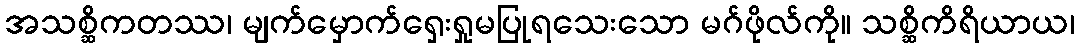
အသစ္ဆိကတဿ၊ မျက်မှောက်ရှေးရှုမပြုရသေးသော မဂ်ဖိုလ်ကို။ သစ္ဆိကိရိယာယ၊